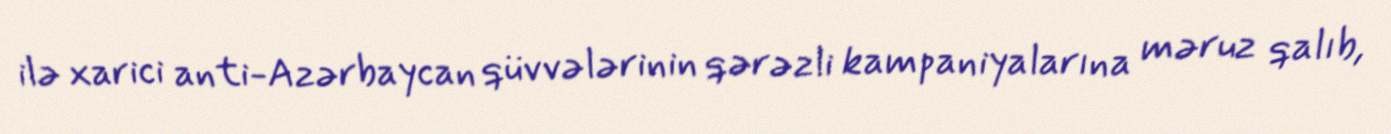
ilə xarici anti-Azərbaycan qüvvələrinin qərəzli kampaniyalarına məruz qalıb,